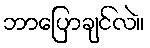
ဘာပြောချင်လဲ။